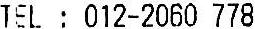
TEL : 012-2060 778